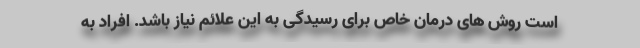
است روش های درمان خاص برای رسیدگی به این علائم نیاز باشد. افراد به